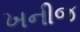
ખનીજ